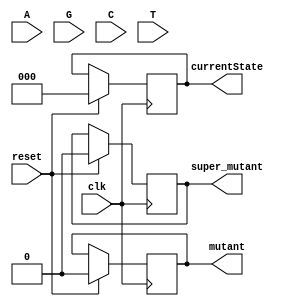
module ex4(
    output  reg mutant,
    output  reg super_mutant,
	output  reg [2:0] currentState,
    input       A,
    input       G,
    input       C,
    input       T,
    input       reset,
    input       clk
    );

    localparam STATE_0 = 0;
    localparam STATE_1 = 1;
    localparam STATE_2 = 2;
    localparam STATE_3 = 3;
    localparam STATE_4 = 4;
    localparam STATE_5 = 5;
    localparam STATE_6 = 6;

    // reg [2:0]   currentState;

    reg A_pressed;
    reg G_pressed;
    reg C_pressed;
    reg T_pressed;

    wire A_debounced;
    wire G_debounced;
    wire T_debounced;
    wire C_debounced;
	
	assign A_debounced = A;
	assign G_debounced = G;
	assign C_debounced = C;
	assign T_debounced = T;

    always @(posedge clk) begin
        if (reset) begin
            currentState <= STATE_0;
            mutant <= 0;
            super_mutant <= 0;

            A_pressed <= 0;
            G_pressed <= 0;
            C_pressed <= 0;
            T_pressed <= 0;
        end else begin
				case(currentState)
				// TODO: Logica de tranzitie intre stari
				// setarea outputului mutant/super_mutant pe 1
				// in functie de stare.
				endcase
        end
    end
endmodule